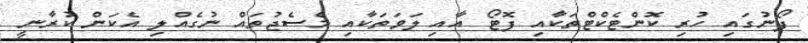
ފޯނުގައި ހުރި ކޮންޓެކްޓްތަކާއި ފޮޓޯ އާއި ލަވަތަކާއި މެސެޖުތައް ނުގެއްލި އެކަން ކުރާނީ